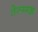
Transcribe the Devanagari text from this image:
तेल्ग्मन्न